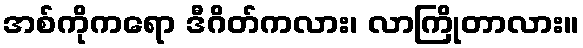
အစ်ကိုကရော ဒီဂိတ်ကလား၊ လာကြိုတာလား။